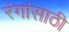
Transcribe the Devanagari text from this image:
रंगांसाठी